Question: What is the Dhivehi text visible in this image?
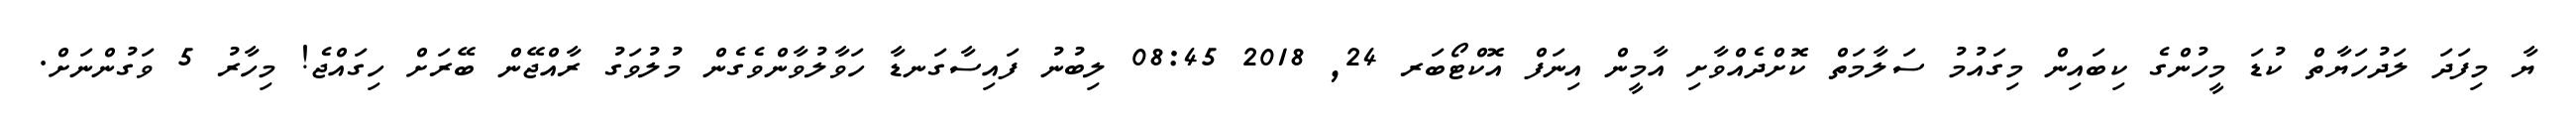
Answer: ޔާ މިފަދަ ލަދުހަޔާތް ކުޑަ މީހުންގެ ކިބައިން މިގައުމު ސަލާމަތް ކޮށްދެއްވާށި އާމީން އިނަފް އޮކްޓޯބަރ 24, 2018 08:45 ލިބުނު ފައިސާގަނޑާ ހަވާލުވާންވެގެން މުލުވަގު ރާއްޖޭން ބޭރަށް ހިގައްޖެ! މިހާރު 5 ވަގުންނަށް.